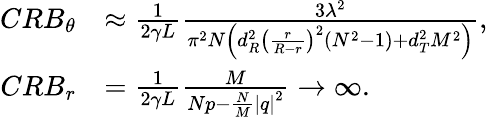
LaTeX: \begin{array}{rl}{CR{B_{\theta}}}&{\approx\frac{1}{{2\gamma L}}\frac{{3{\lambda^{2}}}}{{{\pi^{2}}N\left({d_{R}^{2}{{\left({\frac{r}{{R-r}}}\right)}^{2}}({N^{2}}-1)+d_{T}^{2}{M^{2}}}\right)}},}\\ {CR{B_{r}}}&{=\frac{1}{{2\gamma L}}\frac{M}{{Np-\frac{N}{M}{{\left|q\right|}^{2}}}}\to\infty.}\end{array}